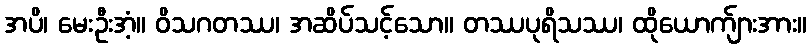
အပိ၊ မေးဦးအံ့။ ဝိသဂတဿ၊ အဆိပ်သင့်သော။ တဿပုရိသဿ၊ ထိုယောက်ျားအား။